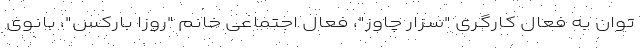
توان به فعال کارگری "سزار چاوز"، فعال اجتماعی خانم "روزا بارکس"، بانوی